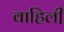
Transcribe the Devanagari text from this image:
वाहिली़